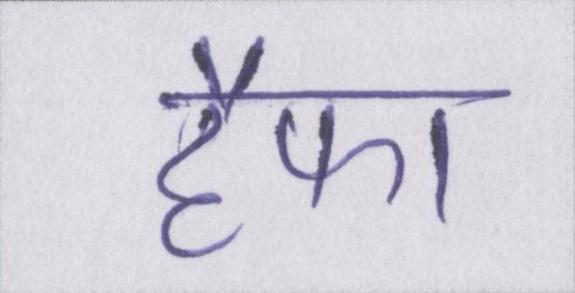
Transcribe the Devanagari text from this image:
हैफा